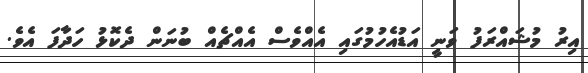
އިރު މުޝައްރަފު ވަނީ އަޑުއެހުމުގައި އެއްވެސް އެއްޗެއް ބުނަން ދެކޮޅު ހަދާފަ އެވެ.